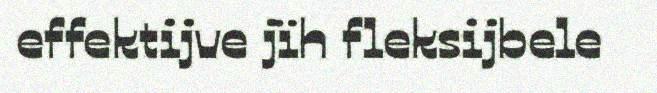
effektijve jïh fleksijbele